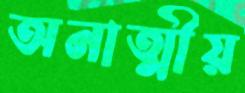
অনাত্মীয়